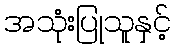
အသုံးပြုသူနှင့်